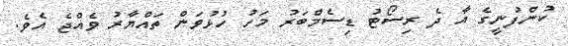
ކުންފުނީގެ އާ ދެ ރިސޯޓު ޑިސެމްބަރު މަހު ހުޅުވަން ތައްޔާރު ވެއްޖެ އެވެ.